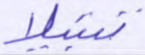
تبتيلا